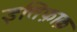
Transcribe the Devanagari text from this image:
इत्तिफ़ाक़